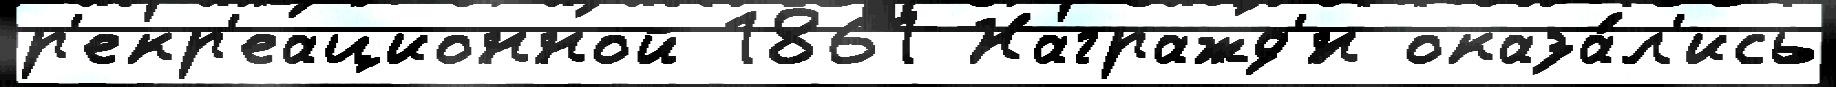
р'екр'еационной 1861 Награжд'́н оказа́л'ись